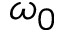
\omega _ { 0 }